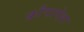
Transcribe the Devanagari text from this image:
क्रौंचापेक्षा